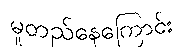
မူတည်နေကြောင်း